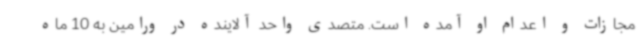
مجازات و اعدام او آمده است. متصدی واحد آلاینده در ورامین به 10 ماه